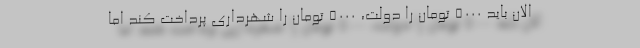
الان باید ۵۰۰۰ تومان را دولت، ۵۰۰۰ تومان را شهرداری پرداخت کند اما